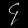
Digit: ၄